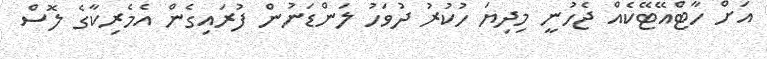
އަށް ހާޓްއޭޓޭކެއް ޖެހުނީ މިދިޔަ ހުކުރު ދުވަހު ލަންޑަނުން ފުރައިގެން އެމެރިކާގެ ލޮސް